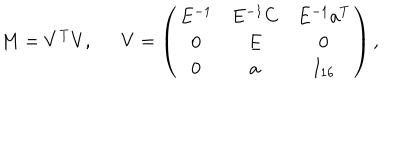
M = V ^ { T } V , \ \ V = \left( \begin{matrix} { { E ^ { - 1 } } } & { { E ^ { - 1 } C } } & { { E ^ { - 1 } a ^ { T } } } \\ { { 0 } } & { { E } } & { { 0 } } \\ { { 0 } } & { { a } } & { { I _ { 1 6 } } } \\ \end{matrix} \right) ,